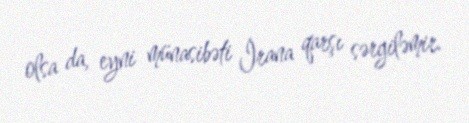
olsa da, eyni münasibəti İrana qarşı sərgiləmir.